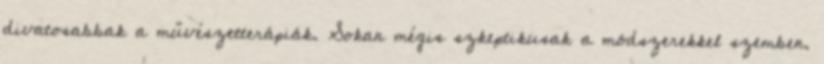
divatosabbak a művészetterápiák. Sokan mégis szkeptikusak a módszerekkel szemben.